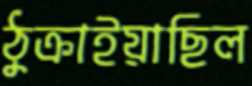
ঠুক্‌রাইয়াছিল